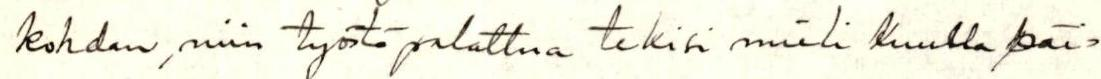
kohdan, niin työstä palattua tekisi mieli kuulla päi=